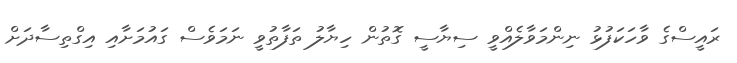
ރައީސްގެ ވާހަކަފުޅު ނިންމަވާލެއްވީ ސިޔާސީ ގޮތުން ހިޔާލު ތަފާތުވީ ނަމަވެސް ގައުމަށާއި އިގްތިސާދަށް